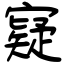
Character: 寲